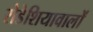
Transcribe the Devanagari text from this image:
रोडेशियावालों